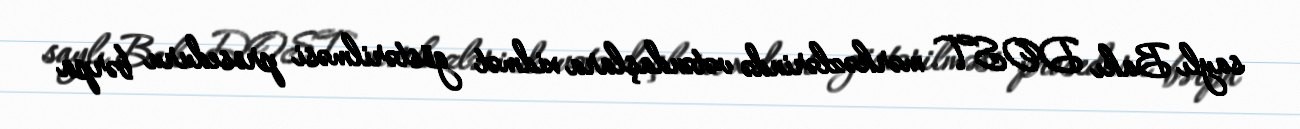
saylı Bakı DOST mərkəzlərində vətəndaşlara xidmət göstərilməsi proseduru bərpa